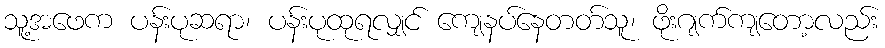
သူ့အဖေက ပန်းပုဆရာ၊ ပန်းပုထုရလျှင် ကျေနပ်နေတတ်သူ၊ ဖိုးဂျက်ကျတော့လည်း